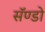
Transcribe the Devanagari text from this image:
सॅण्डो